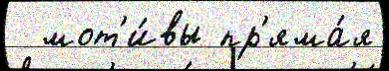
  мот'и́вы пр'яма́я